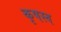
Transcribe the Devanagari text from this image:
कृषस्व